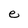
Character: e